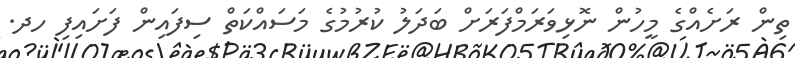
ތިން ރަށެއްގެ މީހުން ނޮޅިވަރަމްފަރަށް ބަދަލު ކުރުމުގެ މަސައްކަތް ސިފައިން ފަށައިފި ހދ.